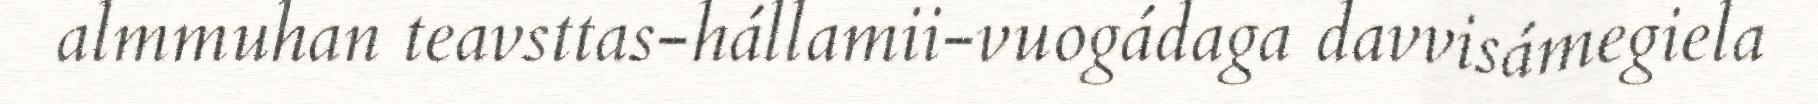
almmuhan teavsttas-hállamii-vuogádaga davvisámegiela